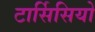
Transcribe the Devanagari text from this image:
टार्सिसियो